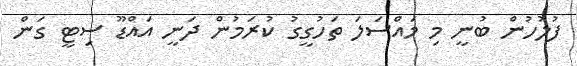
ފުލުހުން ބުނީ މި މައްސަލަ ތަހުގީގު ކުރަމުން ދަނީ އައްޑޫ ސިޓީ ގަން